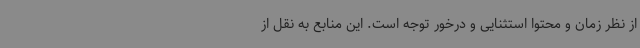
از نظر زمان و محتوا استثنایی و درخور توجه است. این منابع به نقل از